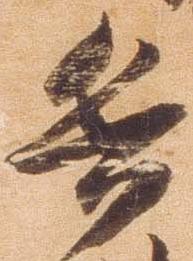
兵